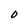
Character: 0